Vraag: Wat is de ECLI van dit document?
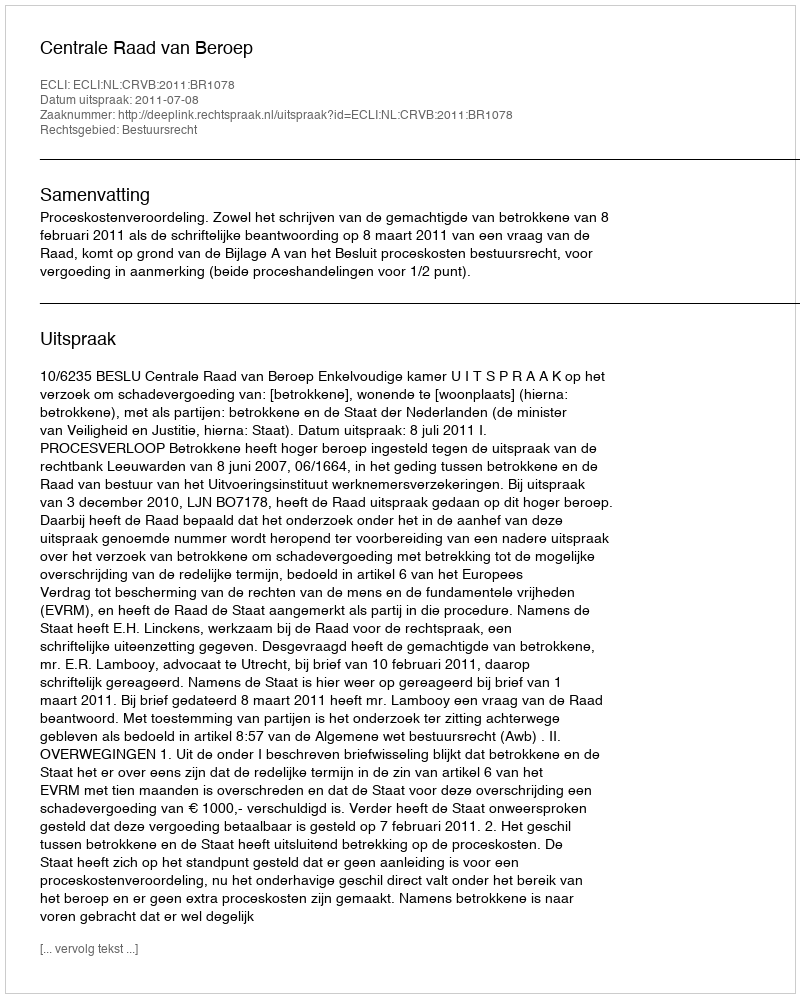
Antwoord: ECLI:NL:CRVB:2011:BR1078